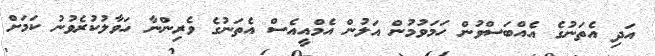
އަދި އެތަނުގެ އެއްބަސްވުން ހަމަވުމުން އަލުން އެމްއީއެސް އެތަނުގެ ވެރިންނާ ހަވާލުކުރެވުނު ކަމަށް